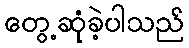
တွေ့ဆုံခဲ့ပါသည်